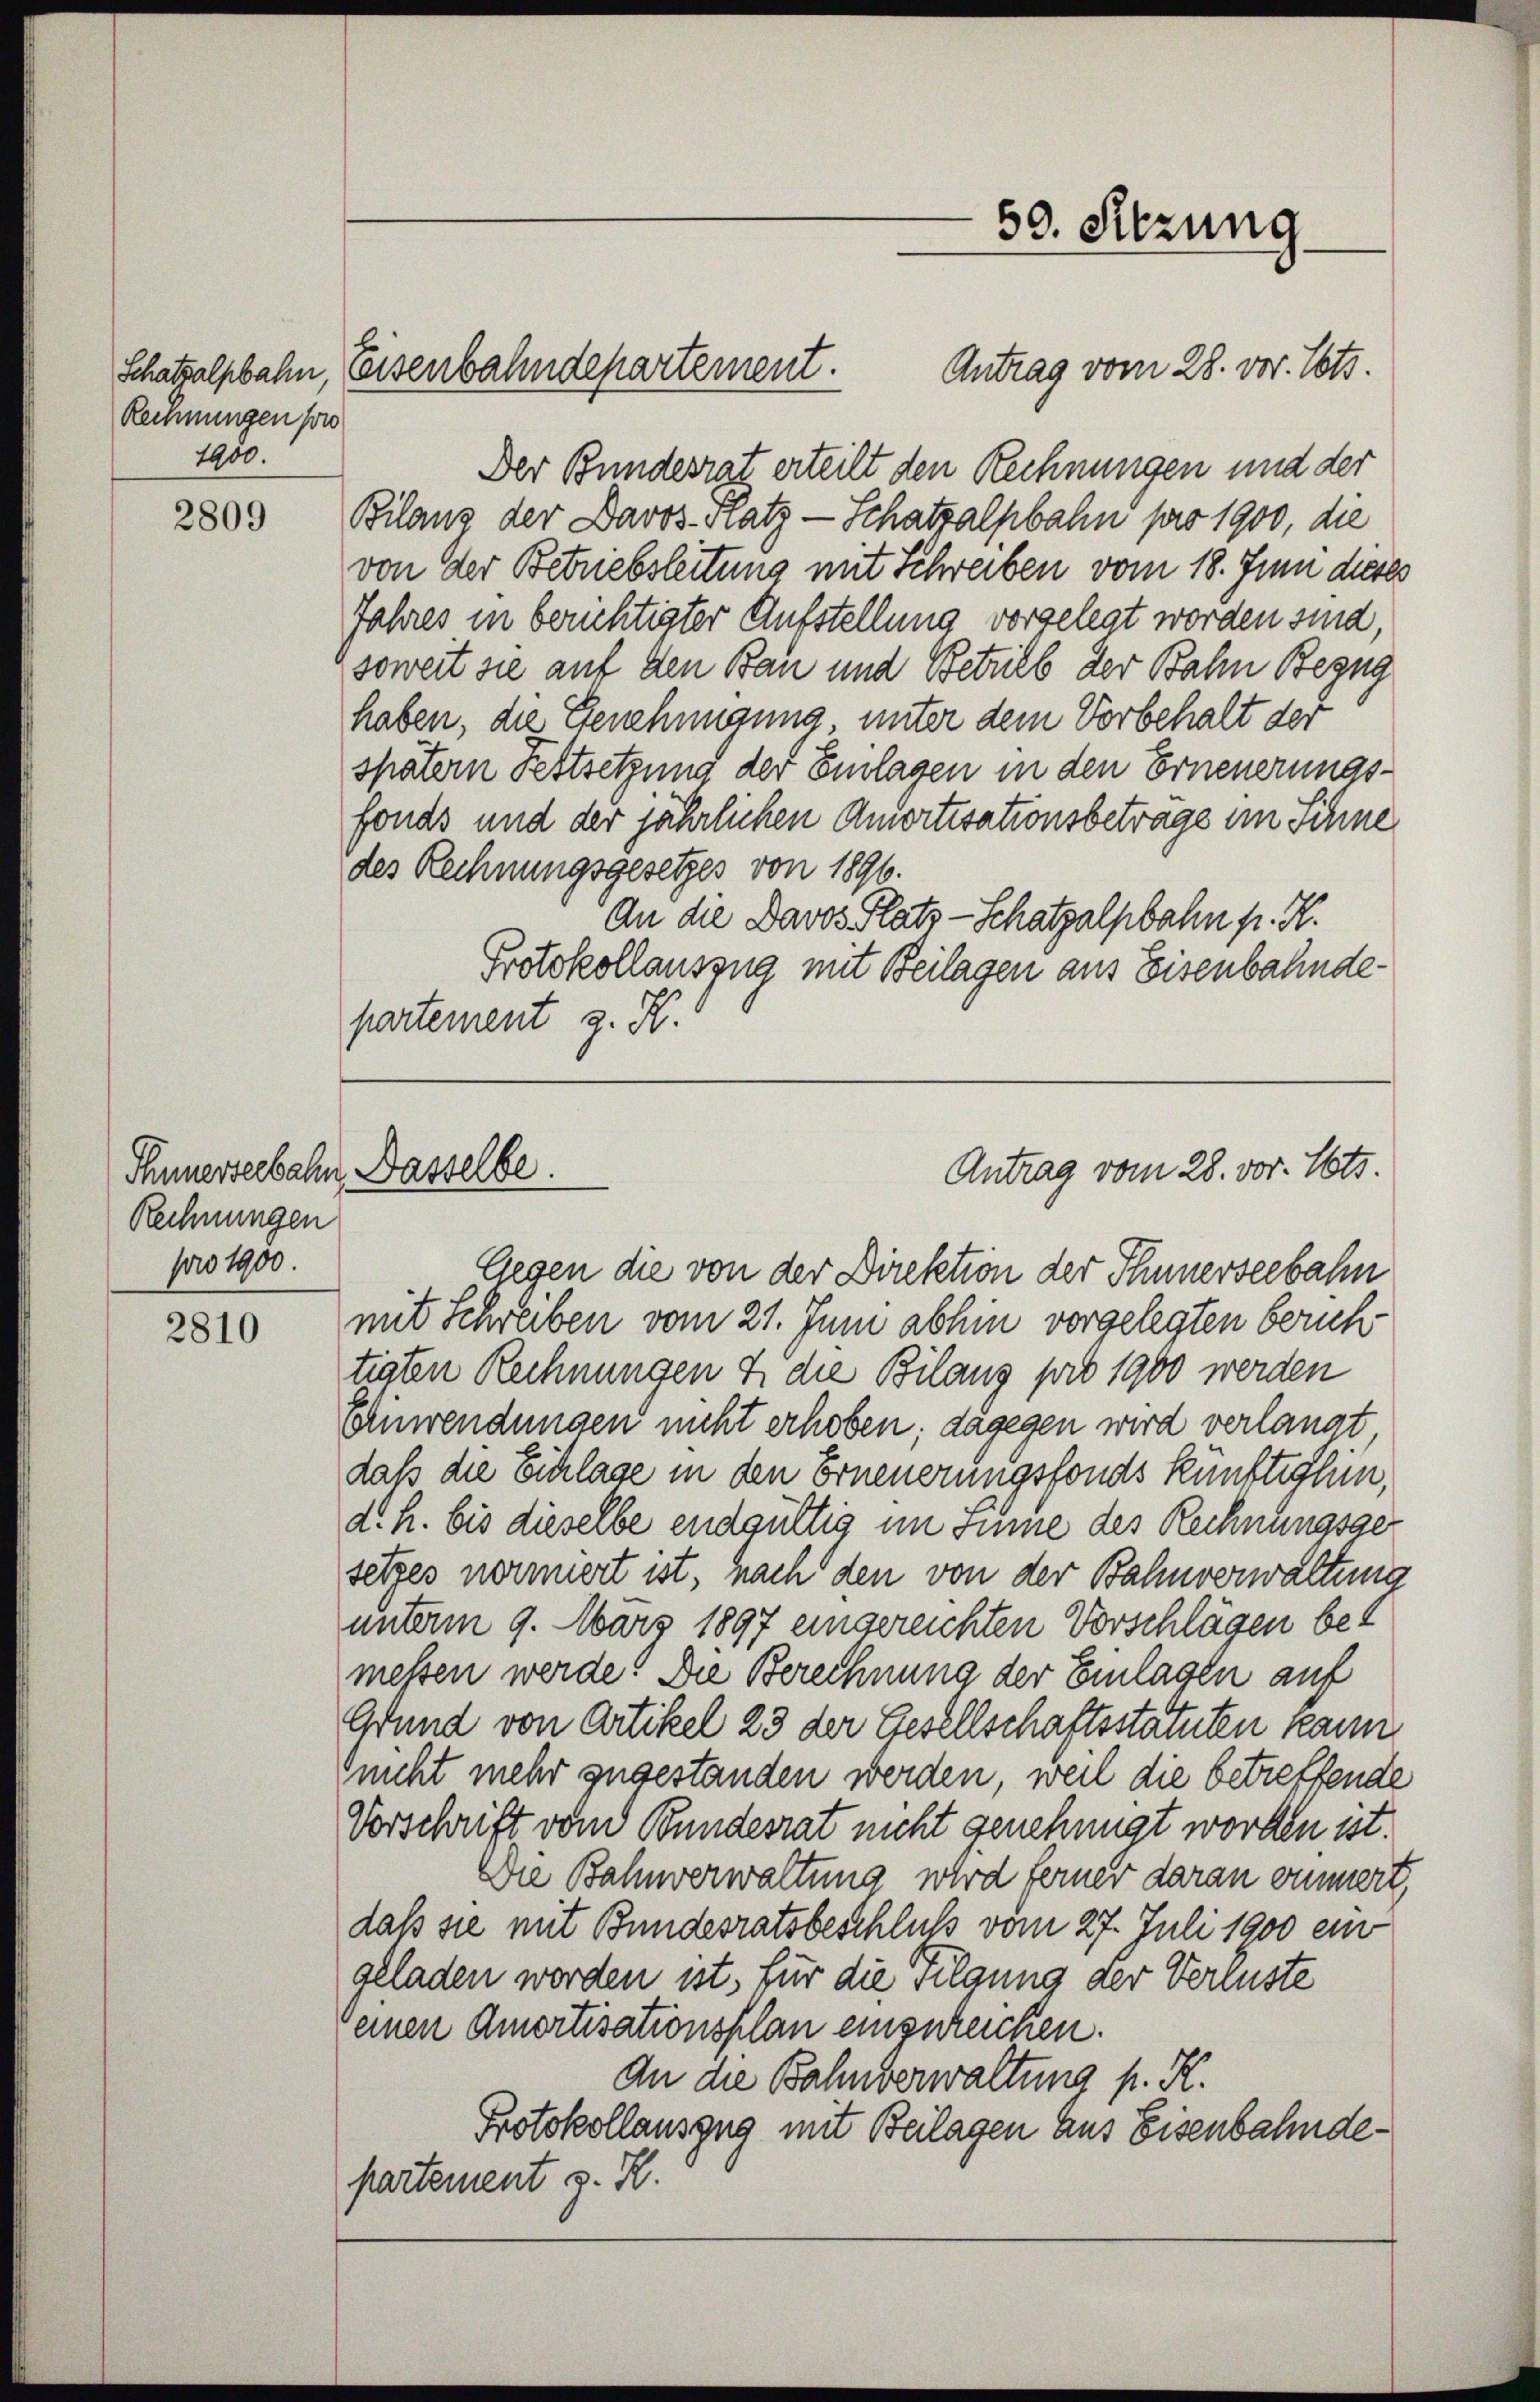
Remmungen sow
1900.

2809

Rechnungen
pro 1900.

2810

Antrag vom 28. vor. Mts.
Der Bundesrat erteilt den Rechnungen und der
Bilanz der Davos Fratz - Schatzalpbahn pro 1900, die
von der Betriebsleitung mit Schreiben vom 18. Juni dieses
Jahres in berichtigter Aufstellung vorgelegt worden sind,
soweit sie auf den Bau und Betrieb der Bahn Bezug
haben, die Genehmigung unter dem Vorbehalt der
spätern Festsetzung der Einlagen in den Erneuerungsfonds und der jährlichen Amortisationsbeträge im Schne
des Rechnungsgesetzes von 1896.
An die Davos Platz-Schatzalpbahn p. K.
Protokollauszug mit Beilagen aus Eisenbahnde-
partement z. H.

Schatzalsbahn, Eisenbahndepartement.

Shnnerseebahn, Dasselbe.

50. Sitzung

Gegen die von der Direktion der Schnerseebahn
mit Schreiben vom 21. Juni abhin vorgelegten berichtiaten Rechnungen & die Bilang pro 1900 werden
Einwendungen nicht erhoben; dagegen wird verlangt,
daß die Eichlage in den Erneuerungsfonds künftigten,
d. h. bis dieselbe endgültig im Sinne des Rechnungsge-
setzes normiert ist, nach den von der Bahnverwaltung
unterm 9. März 1897 eingereichten Vorschlägen bet
messen werde. Die Berechnung der Einlagen auf
Grund von Artikel 23 der Gesellschaftsstatuten kann
nicht mehr zugestanden werden, weil die betreffende
Vorschrift vom Bundesrat nicht genehmigt worden ist.
Die Bahnverwaltung wird ferner daran einnert,
daß sie mit Bundesratsbeschluß vom 27. Juli 1900 ein
geladen worden ist, für die Tilgung der Verluste
(einen Amortisationsplan einzureichen.
An die Bahnverwaltung p. K.
Protokollauszug mit Beilagen aus Eisenbahndepartement z. B.

Antrag vom 28. vor. Mts.